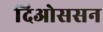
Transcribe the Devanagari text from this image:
दिओससन